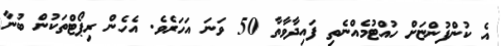
އެ ކުންފުންޏަށް ހުއްޓުމެއްނެތި ފައިދާވާތާ 50 ވަނަ އަހަރެވެ. އެހެން ރިޕޯޓްތަކުން ބުނާ